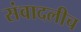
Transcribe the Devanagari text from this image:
संवादलीच